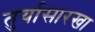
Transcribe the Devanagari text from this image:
तुर्यासारखा